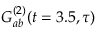
G _ { a b } ^ { ( 2 ) } ( t = 3 . 5 , \tau )